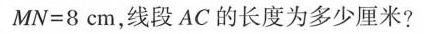
$$MN=8cm$$，线段AC的长度为多少厘米?